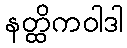
နတ္ထိကဝါဒါ